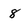
Character: 8